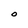
Character: 0